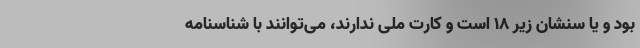
بود و یا سنشان زیر ۱۸ است و کارت ملی ندارند، می‌توانند با شناسنامه